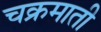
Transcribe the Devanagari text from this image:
चक्रमाती